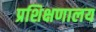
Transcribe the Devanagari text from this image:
प्रशिक्षणालय